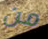
من